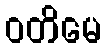
ဝတိမေ